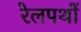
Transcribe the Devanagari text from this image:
रेलपथों